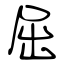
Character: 屈